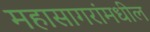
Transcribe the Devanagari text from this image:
महासागरांमधील